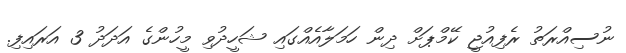
ނުސިއްރަތު ރެފިއުޖީ ކޭމްޕަށް ދިން ހަމަލާއެއްގައި ޝަހީދުވި މީހުންގެ އަދަދު 3 އަރައިފި.